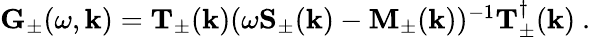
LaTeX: \begin{array}{r}{\textbf{G}_{\pm}(\omega,\textbf{k})=\textbf{T}_{\pm}(\textbf{k})(\omega\textbf{S}_{\pm}(\textbf{k})-\textbf{M}_{\pm}(\textbf{k}))^{-1}\textbf{T}_{\pm}^{\dagger}(\textbf{k})\ .}\end{array}